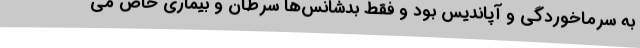
به سرماخوردگی و آپاندیس بود و فقط بدشانس‌ها سرطان و بیماری خاص می